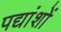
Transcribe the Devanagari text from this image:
पद्यांशों